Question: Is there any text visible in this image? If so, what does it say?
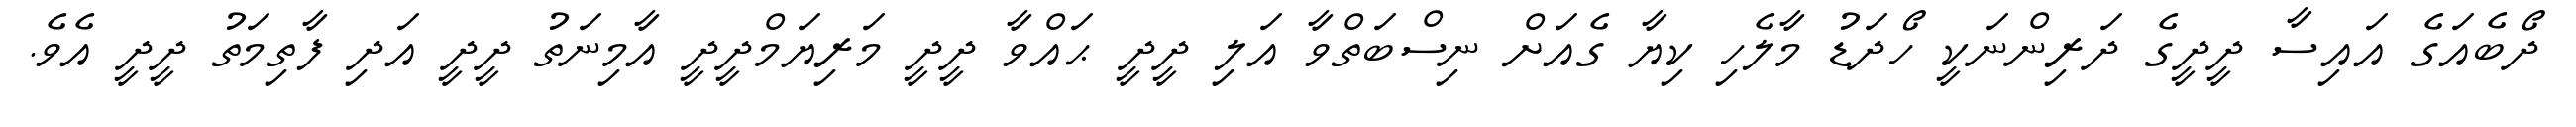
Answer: ދޯބެއަގެ އައިސާ ދީދީގެ ދަރިންނަކީ ހޯދަޑު މާލެހި ކިޔާ ގެއަށް ނިސްބަތްވާ އަލި ދީދީ ޙައްވާ ދީދީ މަރިޔަމްދީދީ އާމިނަތު ދީދީ އަދި ފާތިމަތު ދީދީ އެވެ.